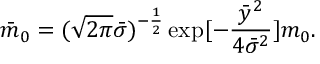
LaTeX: { \bar { m } } _ { 0 } = ( \sqrt { 2 \pi } { \bar { \sigma } } ) ^ { - \frac { 1 } { 2 } } \exp [ - \frac { { \bar { y } } ^ { 2 } } { 4 { \bar { \sigma } } ^ { 2 } } ] m _ { 0 } .